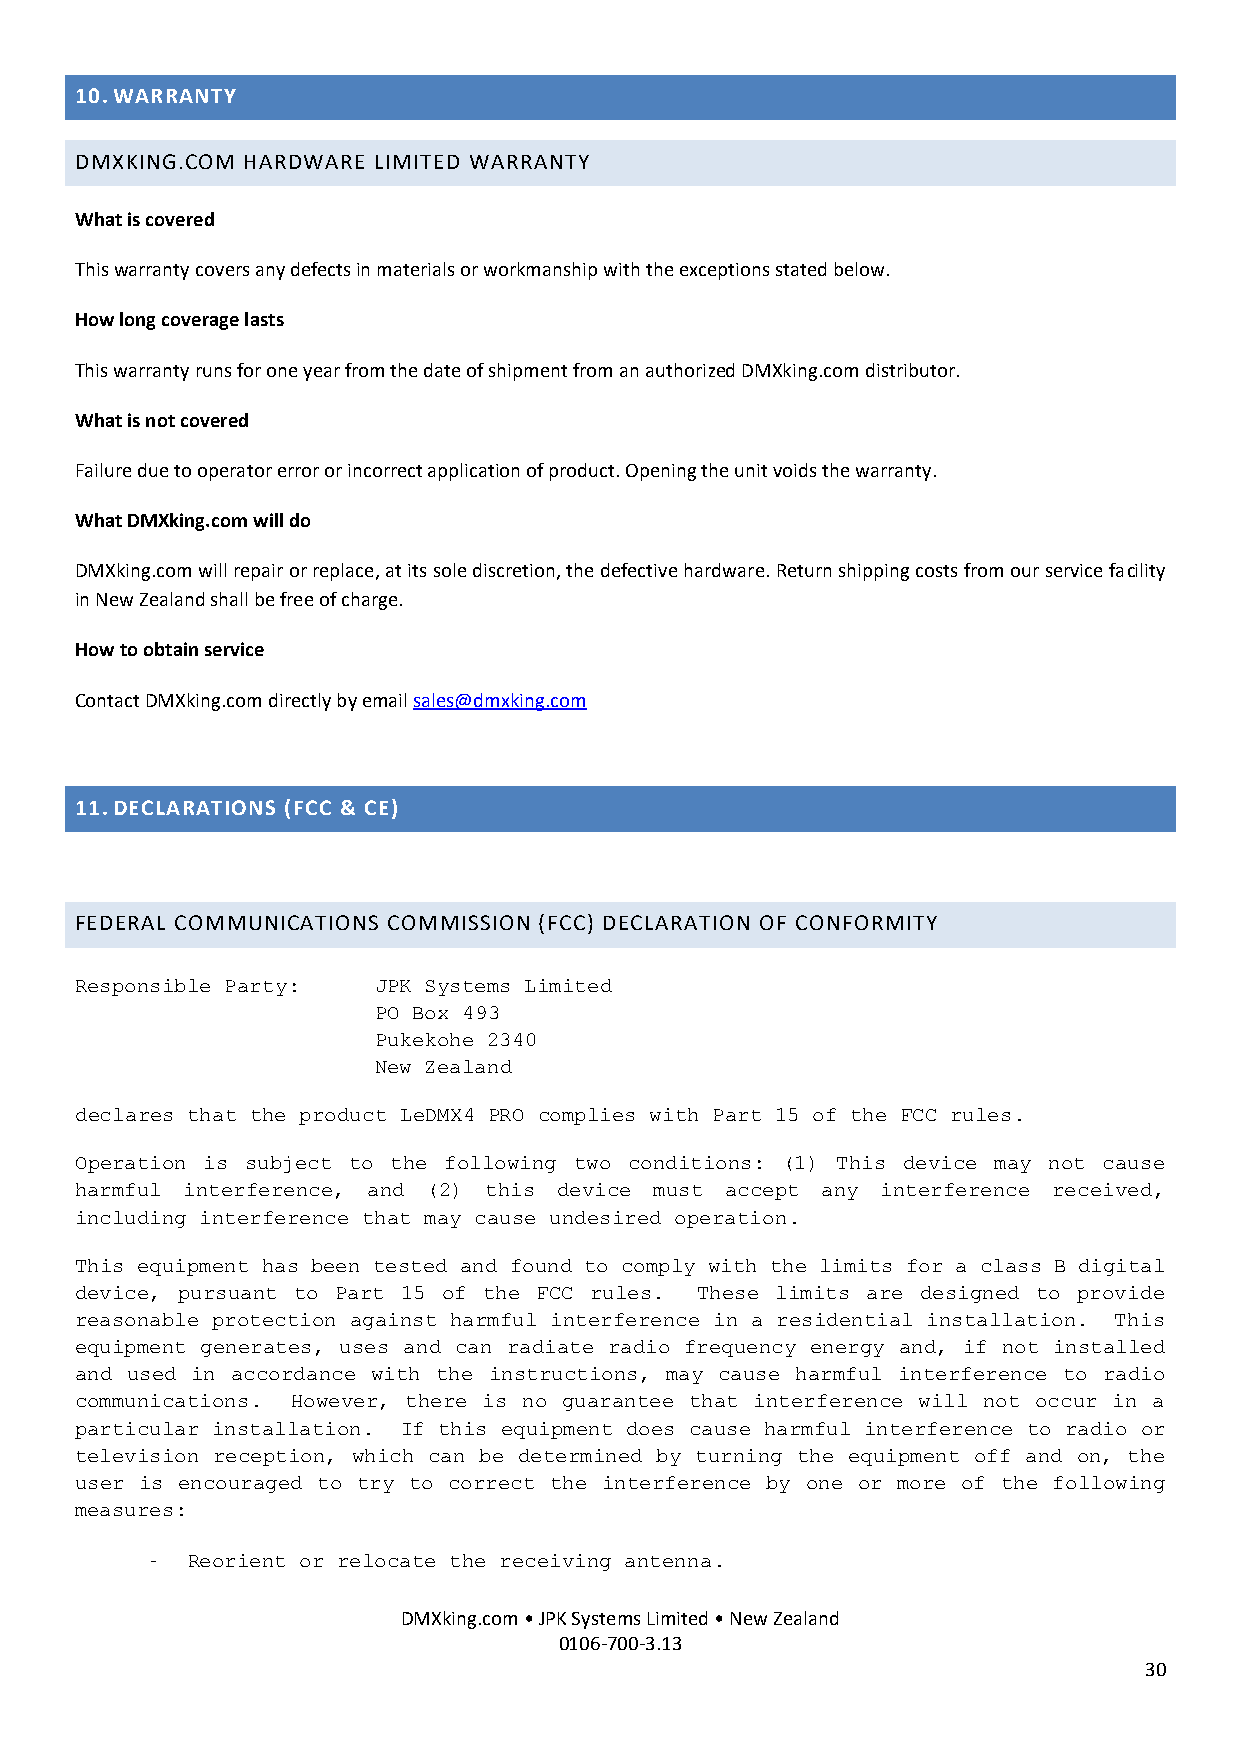
10. WARRANTY
 DMXKING.COM HARDWARE LIMITED WARRANTY
 What is covered
 This warranty covers any defects in materials or workmanship with the exceptions stated below.
 How long coverage lasts
 This warranty runs for one year from the date of shipment from an authorized DMXking.com distributor.
 What is not covered
 Failure due to operator error or incorrect application of product. Opening the unit voids the warranty.
 What DMXking.com will do
 DMXking.com will repair or replace, at its sole discretion, the defective hardware. Return shipping costs from our service facility
 in New Zealand shall be free of charge.
 How to obtain service
 Contact DMXking.com directly by email sales@dmxking.com
 11. DECLARATIONS (FCC & CE)
 FEDERAL COMMUNICATIONS COMMISSION (FCC) DECLARATION OF CONFORMITY
 Responsible Party:  JPK Systems Limited
 PO Box 493
 Pukekohe 2340
 New Zealand
 declares that the product LeDMX4 PRO complies with Part 15 of the FCC rules.
 Operation is subject to the following two conditions: (1) This device may not cause
 harmful interference, and (2) this device must accept any interference received,
 including interference that may cause undesired operation.
 This equipment has been tested and found to comply with the limits for a class B digital
 device, pursuant to Part 15 of the FCC rules. These limits are designed to provide
 reasonable protection against harmful interference in a residential installation. This
 equipment generates, uses and can radiate radio frequency energy and, if not installed
 and used in accordance with the instructions, may cause harmful interference to radio
 communications. However, there is no guarantee that interference will not occur in a
 particular installation. If this equipment does cause harmful interference to radio or
 television reception, which can be determined by turning the equipment off and on, the
 user is encouraged to try to correct the interference by one or more of the following
 measures:
 - Reorient or relocate the receiving antenna.
 DMXking.com • JPK Systems Limited • New Zealand
 0106-700-3.13
 30